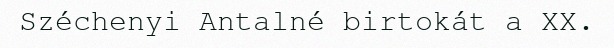
Széchenyi Antalné birtokát a XX.